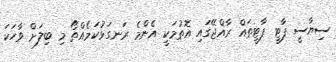
ސިޔާސީ ޕާޓީ ޕާޓީތައް ރާއްޖޭގައި އޮތުމަކީ އެންމެ ރަނގަޅުކަމެއްތޯ މި ބިލަށް ވާހަކަ